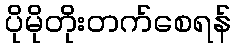
ပိုမိုတိုးတက်စေရန်